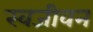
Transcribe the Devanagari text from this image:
स्वजीवन